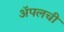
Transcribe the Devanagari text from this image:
अॅपलची